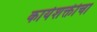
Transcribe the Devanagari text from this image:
कार्यशक्तीचा